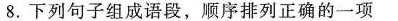
8.下列句子组成语段，顺序排列正确的一项